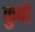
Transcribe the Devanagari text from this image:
कुबो